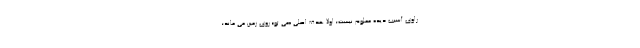
راوی آسیب دیده معلوم نیست؛ اولاً هدف اصلی «می تو» روی زمین می ماند؛